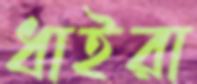
ধাইরা